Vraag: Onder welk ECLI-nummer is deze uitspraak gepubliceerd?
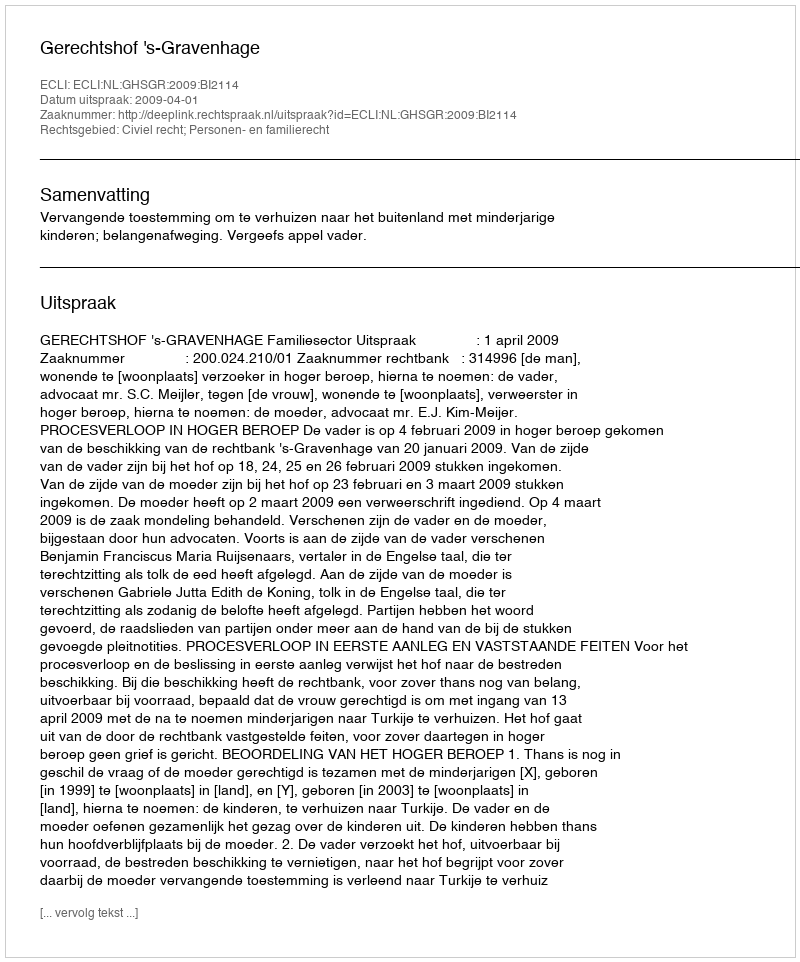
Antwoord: ECLI:NL:GHSGR:2009:BI2114